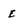
Character: E